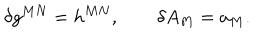
\delta g ^ { M N } = h ^ { M N } , \qquad \delta A _ { M } = a _ { M } .